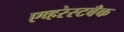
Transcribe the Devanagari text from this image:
एव्हरेस्टबँक